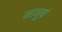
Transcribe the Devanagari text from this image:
मानुषं